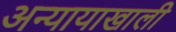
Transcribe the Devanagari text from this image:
अन्यायाखाली